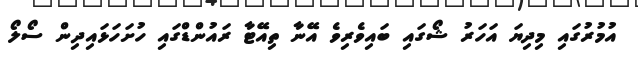
އުމުރުގައި މިދިޔަ އަހަރު ޝޯގައި ބައިވެރިވެ އޭނާ ތިއޭޓާ ރައުންޑްގައި ހުށަހަޅައިިދިން ސޯލޯ